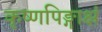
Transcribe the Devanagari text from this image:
कृष्णपिङ्गाक्षं